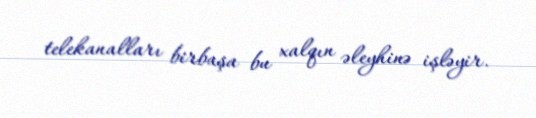
telekanalları birbaşa bu xalqın əleyhinə işləyir.